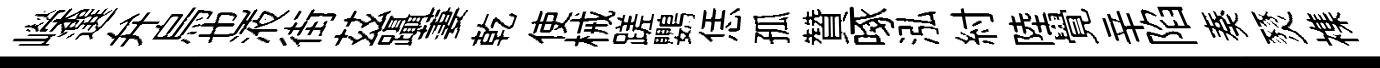
嶸選弁烏也液街茲躡萋乾使械蹉鸚恁孤贊啄泓紂陸覺辛陷奏燹襍